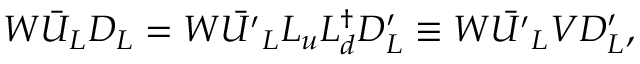
W \bar { U } _ { L } D _ { L } = W \bar { U ^ { \prime } } _ { L } L _ { u } L _ { d } ^ { \dagger } D _ { L } ^ { \prime } \equiv W \bar { U ^ { \prime } } _ { L } V D _ { L } ^ { \prime } ,